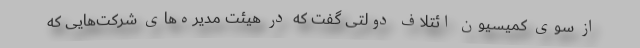
از سوی کمیسیون ائتلاف دولتی گفت که در هیئت مدیره‌های شرکت‌هایی که